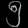
Digit: ၅